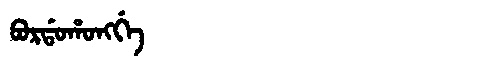
Manchu: ᠪᠣᡵᡩᠣᡥᠣᠩᡤᡝ
Romanization: BORDOHONGGE